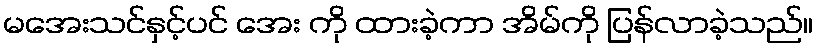
မအေးသင်နှင့်ပင် အေး ကို ထားခဲ့ကာ အိမ်ကို ပြန်လာခဲ့သည်။